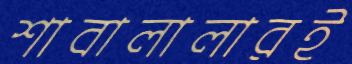
শাবালালারই